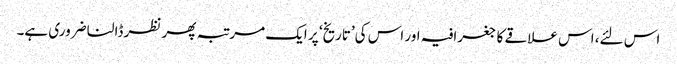
اس لئے، اس علاقے کا جغرافیہ اور اس کی’تاریخ‘ پر ایک مرتبہ پھر نظر ڈالنا ضروری ہے۔